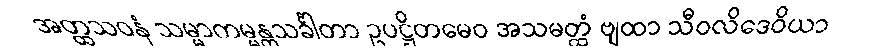
အတ္ထသဝနံ သမ္မာကမ္မန္တသင်္ခါတာ ဥပဋ္ဌိတမေဝ အသမတ္ထံ ဗျထာ သီဝလိဒေဝိယာ